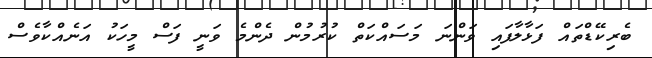
ބެރިކޭޑްތައް ފަޅާލާފައި ވަންނަ މަސައްކަތް ކުރުމުން ދެންމެ ވަނީ ފަސް މީހަކު އަނެއްކާވެސް